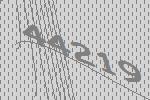
44219